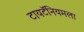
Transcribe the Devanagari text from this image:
टायटॅनियमला